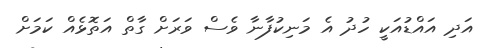
އަދި އައްޑުއަކީ ހުދު އެ މަނިކުފާނާ ވެސް ވަރަށް ގާތް އަތޮޅެއް ކަމަށް